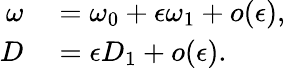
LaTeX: \begin{array}{rl}{\omega}&{{}=\omega_{0}+\epsilon\omega_{1}+o(\epsilon),}\\ {D}&{{}=\epsilon D_{1}+o(\epsilon).}\end{array}